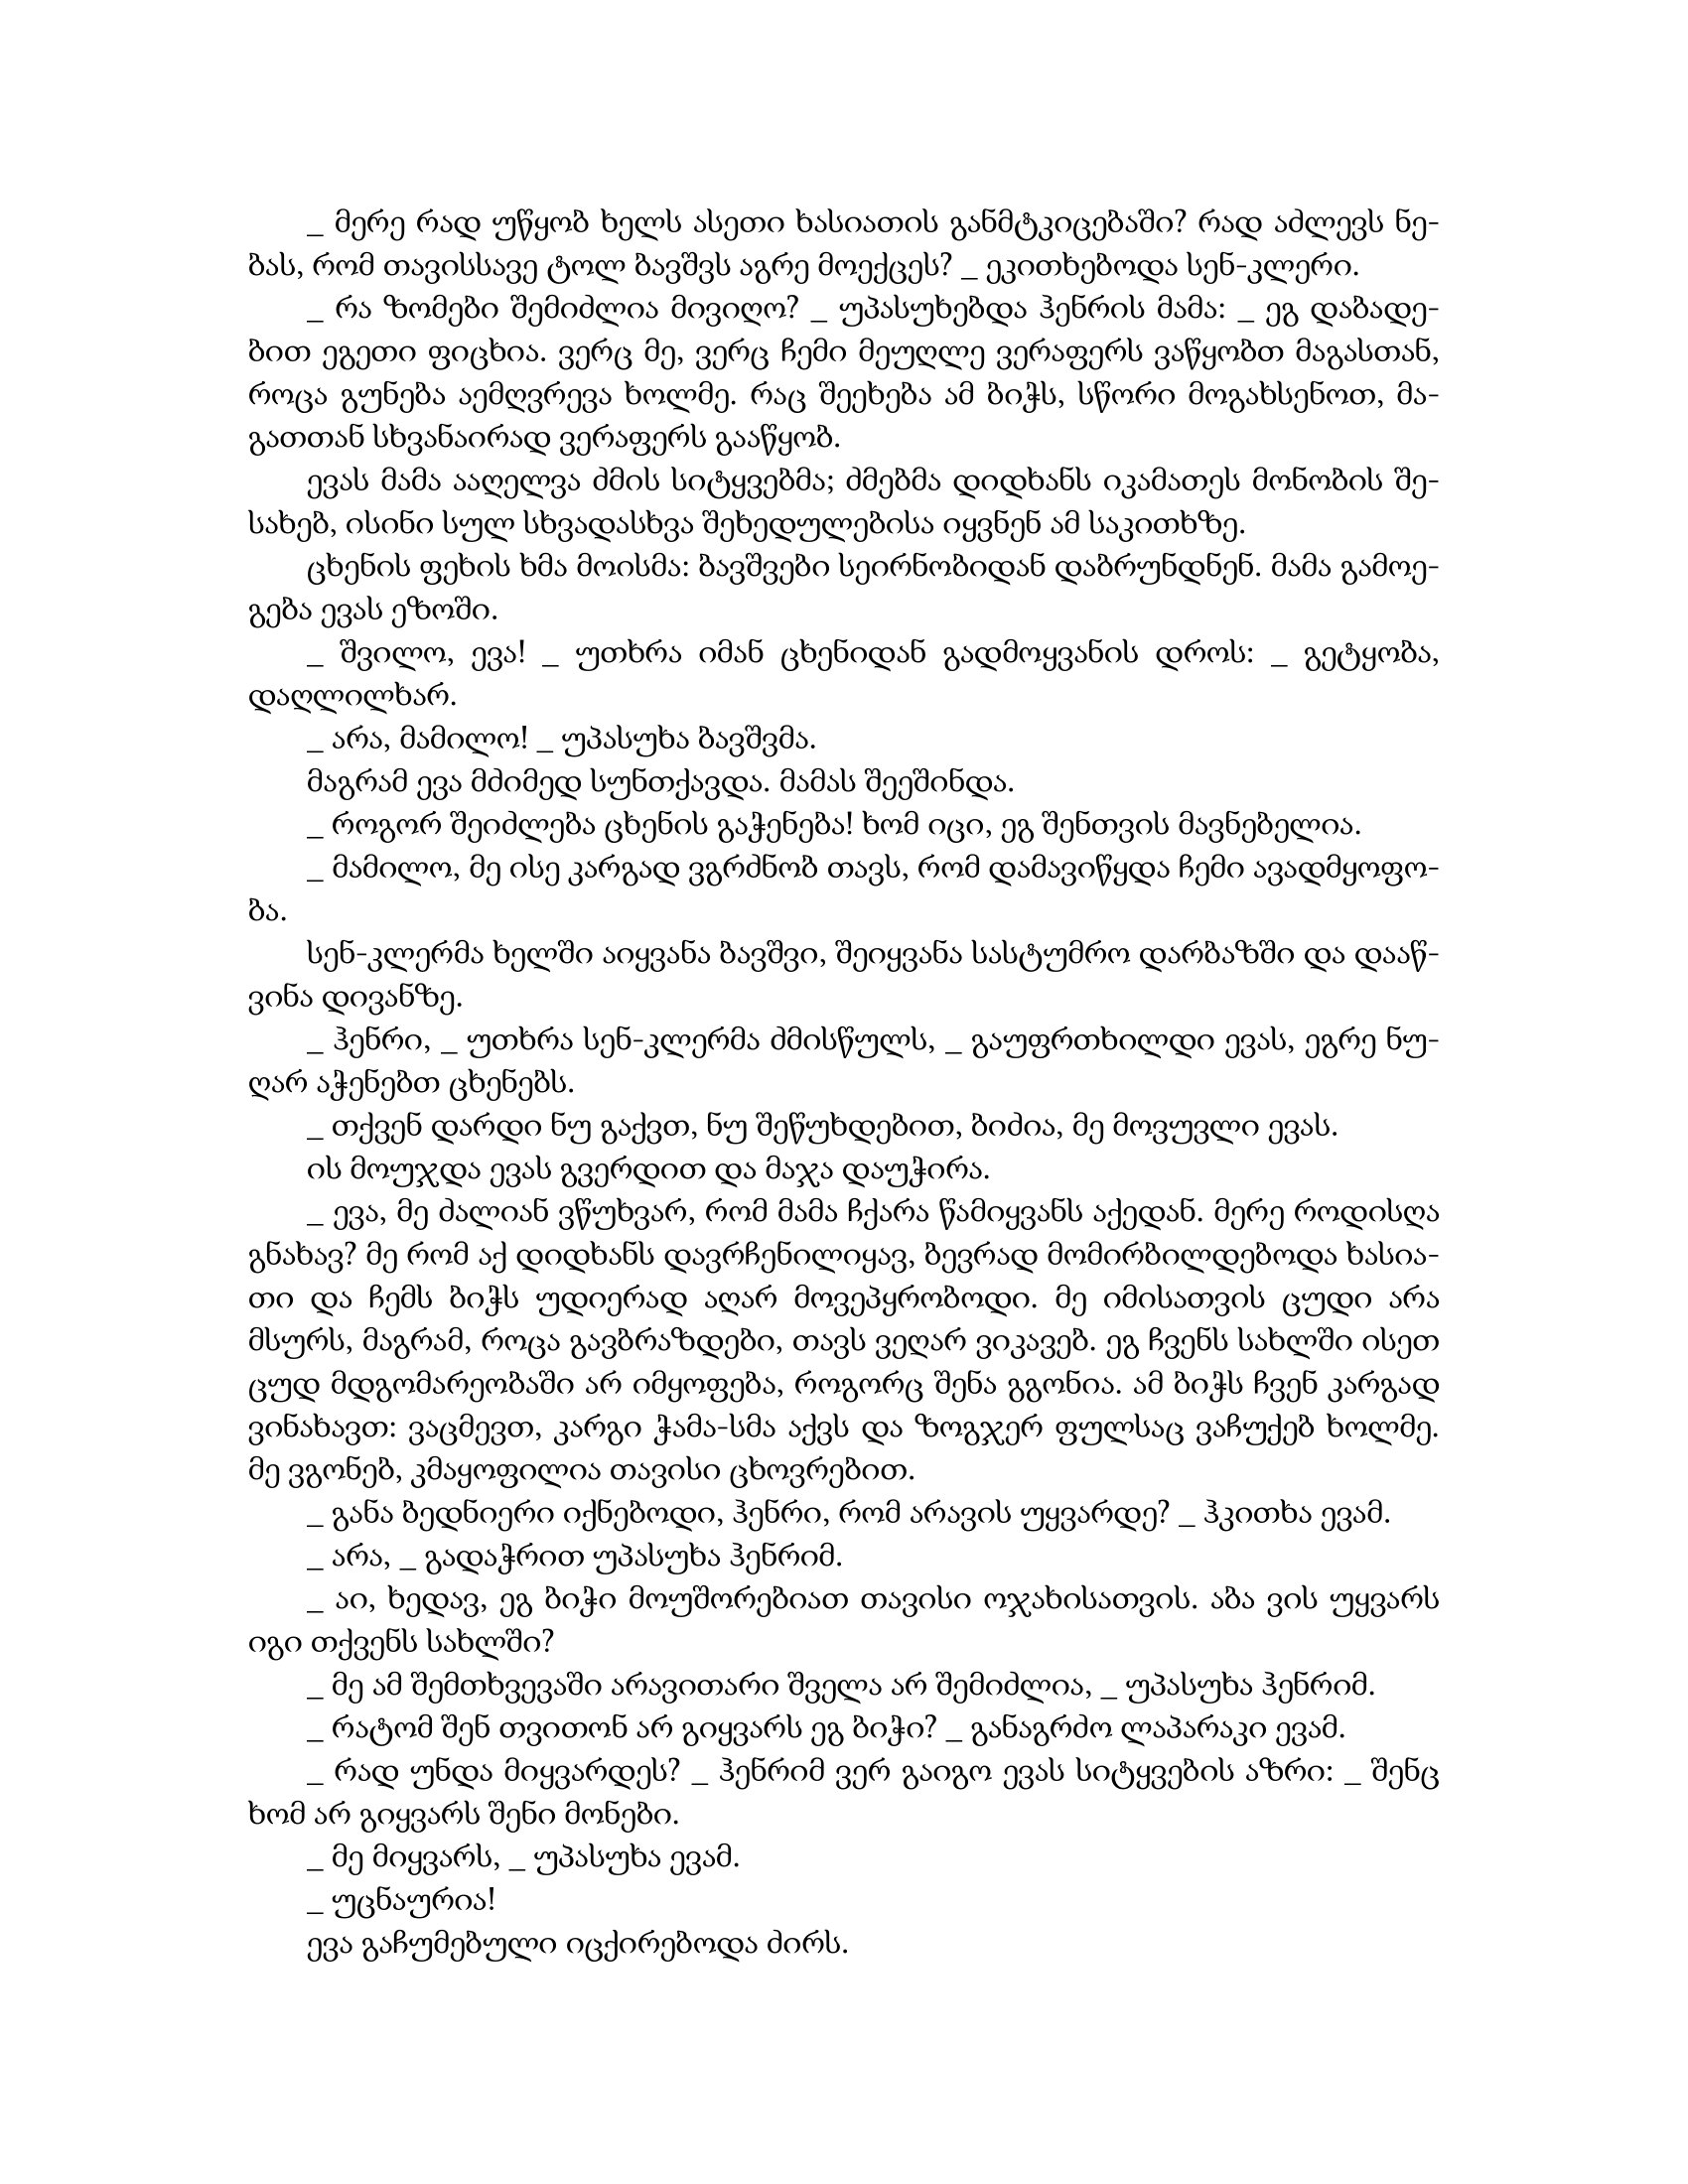
Language: gr